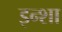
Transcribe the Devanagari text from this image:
इन्शा